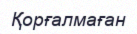
Қорғалмаған